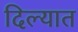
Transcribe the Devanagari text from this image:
दिल्यात